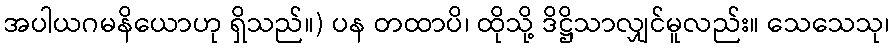
အပါယဂမနိယောဟု ရှိသည်။) ပန တထာပိ၊ ထိုသို့ ဒိဋ္ဌိသာလျှင်မူလည်း။ သေသေသု၊